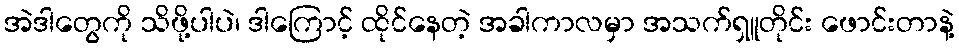
အဲဒါတွေကို သိဖို့ပါပဲ၊ ဒါကြောင့် ထိုင်နေတဲ့ အခါကာလမှာ အသက်ရှူတိုင်း ဖောင်းတာနဲ့